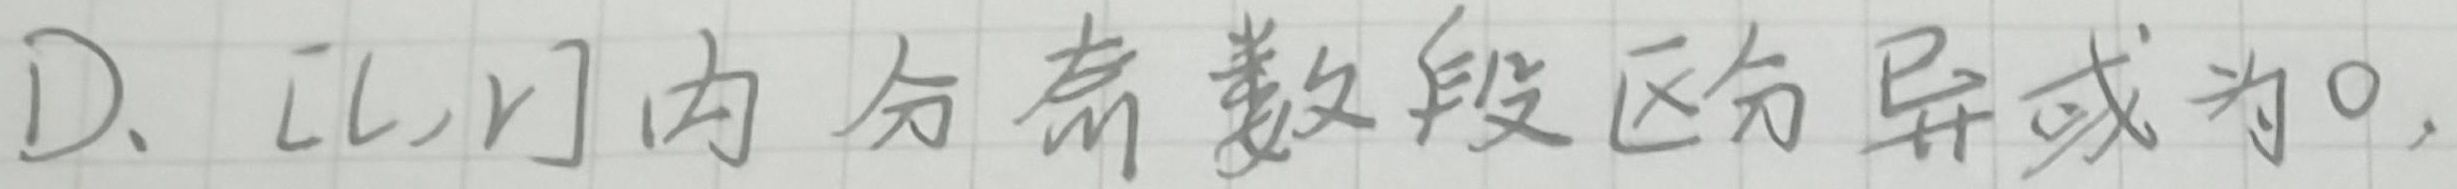
D. \( [l,r]\)内分奇数段区间异或为\(0\)。